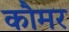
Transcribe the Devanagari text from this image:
कौमर